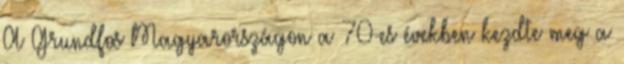
A Grundfos Magyarországon a 70-es években kezdte meg a